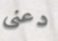
دعنى